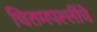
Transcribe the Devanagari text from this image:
चितमपल्लींचे